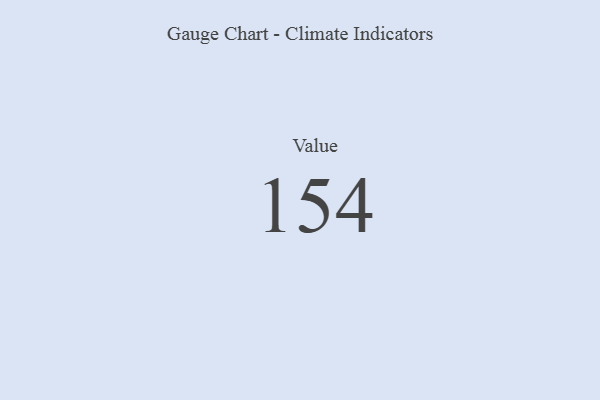
{"axis": {"x": "Metric", "y": "Value"}, "legend": [""], "data": [{"x": "Value", "y": 154, "type": ""}]}